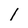
Character: 1